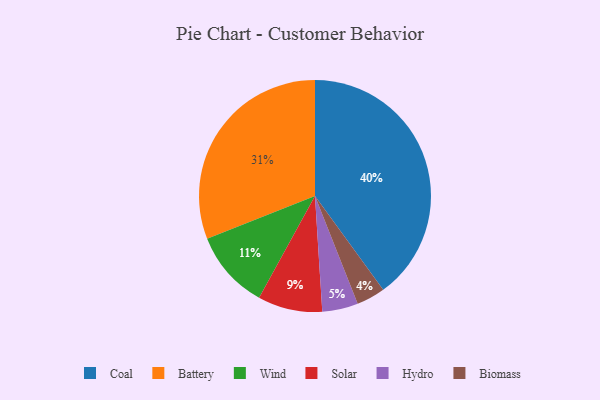
{"axis": {"x": "Category", "y": "Percentage"}, "legend": ["Battery", "Biomass", "Coal", "Hydro", "Solar", "Wind"], "data": [{"x": "Wind", "y": 11, "type": "Wind"}, {"x": "Hydro", "y": 5, "type": "Hydro"}, {"x": "Biomass", "y": 4, "type": "Biomass"}, {"x": "Battery", "y": 31, "type": "Battery"}, {"x": "Solar", "y": 9, "type": "Solar"}, {"x": "Coal", "y": 40, "type": "Coal"}]}